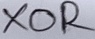
Text: XOR